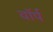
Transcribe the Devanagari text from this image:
वॉर्प